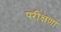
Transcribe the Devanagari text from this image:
परीक्षणा